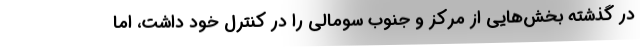
در گذشته بخش‌هایی از مرکز و جنوب سومالی را در کنترل خود داشت، اما